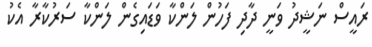
ރައީސް ނަޝީދު ވަނީ ދާދި ފަހުން ލަންކާ ވަޑައިގެން ލަންކާ ސަރުކާރާ އެކު